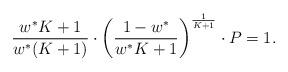
LaTeX: \begin{align*} \frac{w^* K + 1}{w^* (K + 1)} \cdot \left( \frac{1 - w^*}{w^* K + 1} \right)^\frac{1}{K+1} \cdot P = 1 .\end{align*}